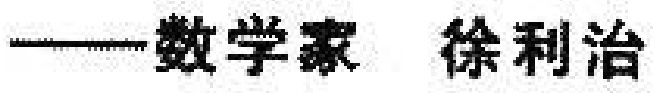
——数学家 徐利治